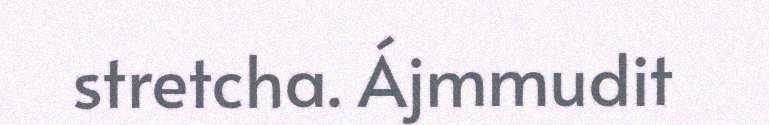
stretcha. Ájmmudit